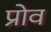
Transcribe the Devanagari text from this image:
प्रोव